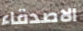
الاصدقاء